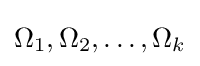
\Omega _{1},\Omega _{2},\dots ,\Omega _{k}